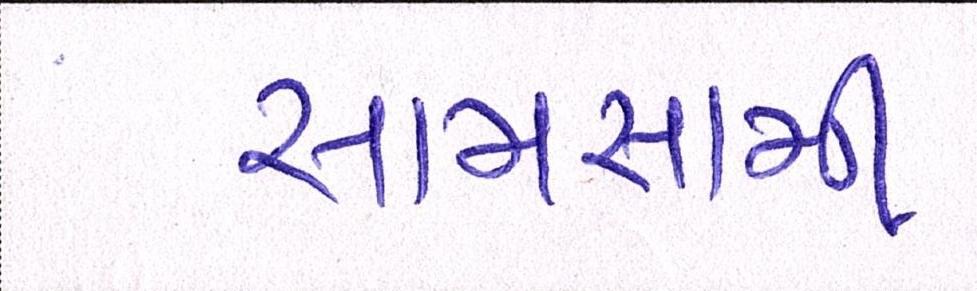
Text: સામસામી